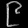
Digit: ၉